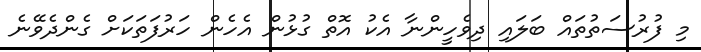
މި ފުރުސަތުތައް ބަލައި ދިވެހީންނާ އެކު އޮތް ގުޅުން އެހެން ހަރުފަތަކަށް ގެންދެވޭނެ